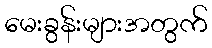
မေးခွန်းများအတွက်